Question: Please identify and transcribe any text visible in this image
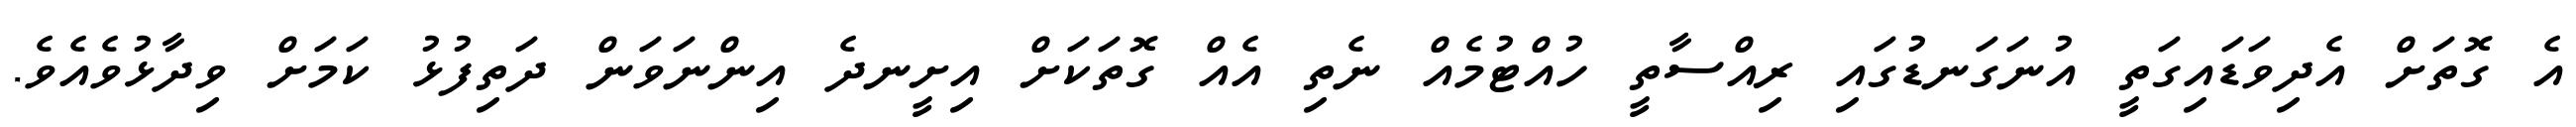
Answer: އެ ގޮތަށް އެދިވަޑައިގަތީ އުނަގަނޑުގައި ރިއްސާތީ ހުއްޓުމެއް ނެތި އެއް ގޮތަކަށް އިށީނދެ އިންނަވަން ދަތިފުޅު ކަމަށް ވިދާޅުވެއެވެ.